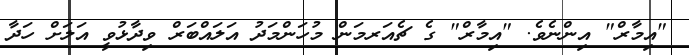
"އިމާރް" އިންނެވެ. "އިމާރް" ގެ ޗެއަރމަން މުހަންމަދު އަލައްބަރް ވިދާޅުވީ އަލަށް ހަދާ